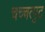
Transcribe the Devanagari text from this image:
चच्चत्पुट